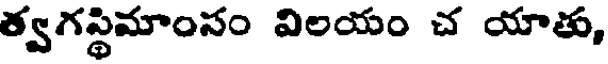
త్వగస్థిమాంసం విలయం చ యాతు,